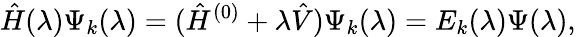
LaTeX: \hat{H}(\lambda)\Psi_{k}(\lambda)=(\hat{H}^{(0)}+\lambda\hat{V})\Psi_{k}(\lambda)=E_{k}(\lambda)\Psi(\lambda),